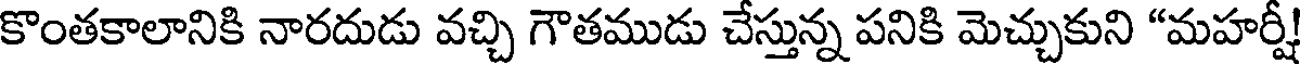
కొంతకాలానికి నారదుడు వచ్చి గౌతముడు చేస్తున్న పనికి మెచ్చుకుని "మహర్షీ